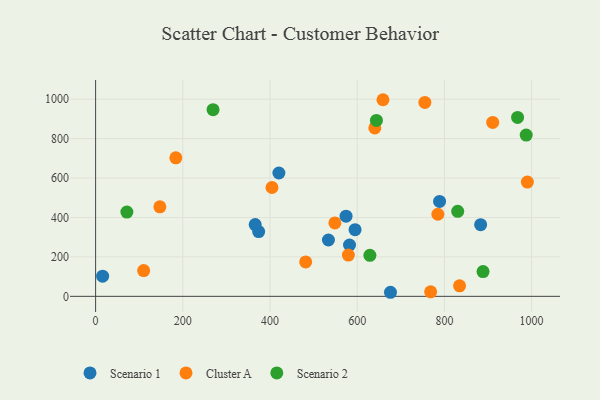
{"axis": {"x": "Engine Size", "y": "Demand"}, "legend": ["Cluster A", "Scenario 1", "Scenario 2"], "data": [{"x": "883.1", "y": 363.5, "type": "Scenario 1"}, {"x": "574.4", "y": 406.8, "type": "Scenario 1"}, {"x": "788.9", "y": 481.6, "type": "Scenario 1"}, {"x": "582.4", "y": 260.4, "type": "Scenario 1"}, {"x": "534.0", "y": 285.7, "type": "Scenario 1"}, {"x": "374.0", "y": 328.7, "type": "Scenario 1"}, {"x": "366.0", "y": 363.9, "type": "Scenario 1"}, {"x": "595.1", "y": 337.9, "type": "Scenario 1"}, {"x": "16.1", "y": 102.5, "type": "Scenario 1"}, {"x": "676.3", "y": 20.6, "type": "Scenario 1"}, {"x": "420.4", "y": 625.6, "type": "Scenario 1"}, {"x": "640.4", "y": 854.3, "type": "Cluster A"}, {"x": "910.8", "y": 881.9, "type": "Cluster A"}, {"x": "110.2", "y": 130.7, "type": "Cluster A"}, {"x": "548.8", "y": 372.4, "type": "Cluster A"}, {"x": "404.5", "y": 552.1, "type": "Cluster A"}, {"x": "834.8", "y": 53.4, "type": "Cluster A"}, {"x": "659.1", "y": 997.2, "type": "Cluster A"}, {"x": "481.8", "y": 174.3, "type": "Cluster A"}, {"x": "785.0", "y": 416.4, "type": "Cluster A"}, {"x": "990.3", "y": 579.7, "type": "Cluster A"}, {"x": "184.0", "y": 702.6, "type": "Cluster A"}, {"x": "755.2", "y": 983.3, "type": "Cluster A"}, {"x": "579.7", "y": 209.2, "type": "Cluster A"}, {"x": "147.4", "y": 453.9, "type": "Cluster A"}, {"x": "768.4", "y": 22.7, "type": "Cluster A"}, {"x": "629.1", "y": 207.9, "type": "Scenario 2"}, {"x": "967.8", "y": 907.5, "type": "Scenario 2"}, {"x": "830.5", "y": 431.1, "type": "Scenario 2"}, {"x": "644.1", "y": 892.4, "type": "Scenario 2"}, {"x": "71.7", "y": 427.5, "type": "Scenario 2"}, {"x": "888.6", "y": 125.6, "type": "Scenario 2"}, {"x": "269.4", "y": 946.8, "type": "Scenario 2"}, {"x": "987.6", "y": 818.0, "type": "Scenario 2"}]}